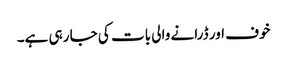
خوف اور ڈرانے والی بات کی جا رہی ہے۔